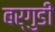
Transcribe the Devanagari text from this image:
बर्गुडी